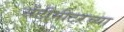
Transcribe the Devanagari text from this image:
सेंटीमीटरच्या